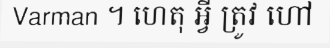
Varman ។ ហេតុ អ្វី ត្រូវ ហៅ